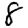
Digit: 8